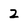
Character: 2